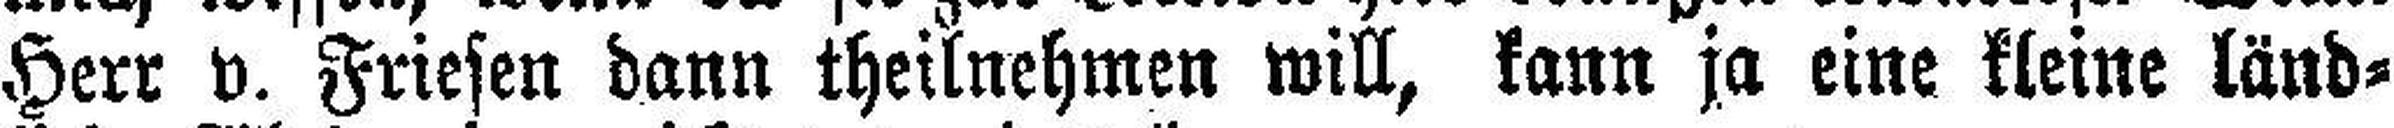
Herr v. Friesen dann theilnehmen will, kann ja eine kleine länd¬